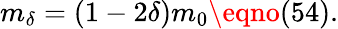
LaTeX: m_{\delta}=(1-2\delta)m_{0}\eqno(54).